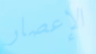
الإعصار